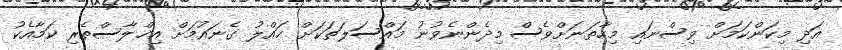
އަދި މިކަންކަމަށް ވިސްނައި މިހާތަނަށްވެސް މިދެންނެވުނު މައްސަލަތަކަށް ޙައްލު ގެނައުމަށް އިޚްލާސްތެރި ކަމާއެކު